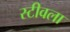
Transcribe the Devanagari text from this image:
स्टीवला